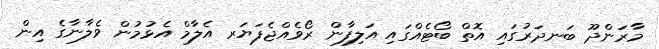
މާރަންދޫ ބަނދަރުގައި އޮތް ބޯޓެއްގައި އަލިފާން ރޯވެއްޖެފަޔަރ އެލާމް އެޅުމުން ވެލާނާގެ އިން